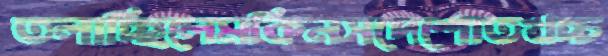
তলাচ্ছিলেমকিনসদেশোতখচ্চ